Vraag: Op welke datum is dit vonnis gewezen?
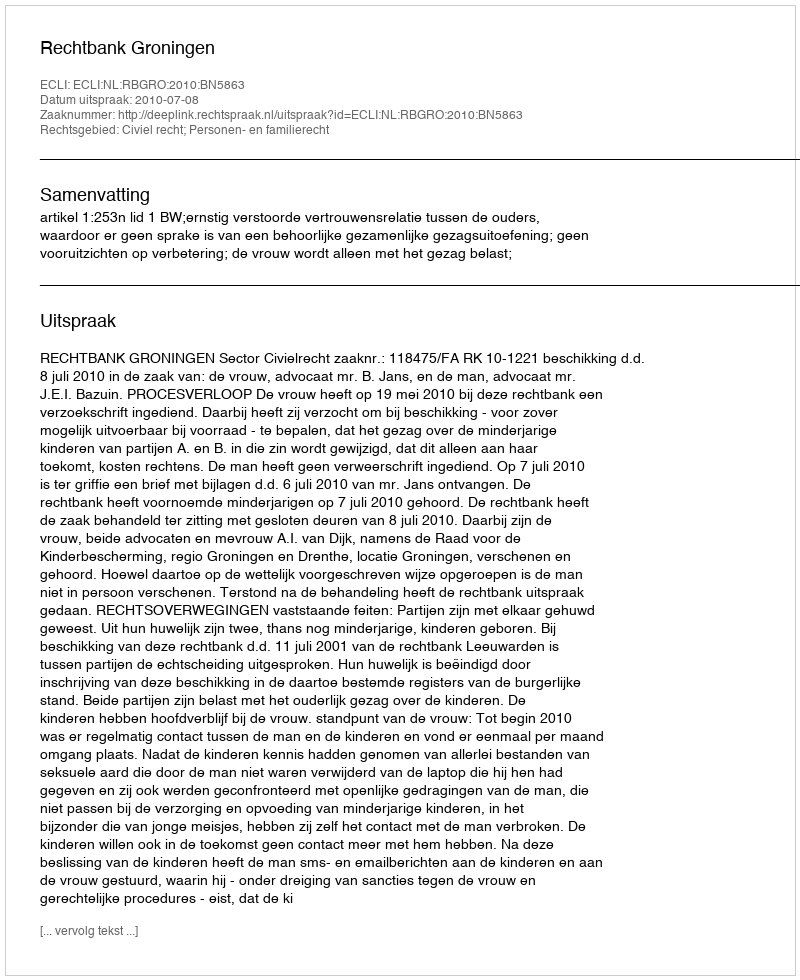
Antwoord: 2010-07-08